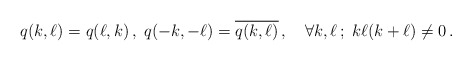
\begin{align*}q(k,\ell)=q(\ell,k)\,,\;q(-k,-\ell)=\overline{q(k,\ell)}\,,\quad\forall k,\ell\,;\;k\ell(k+\ell)\neq 0\,.\end{align*}